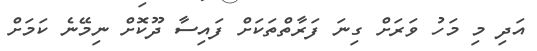
އަދި މި މަހު ވަރަށް ގިނަ ފަރާތްތަކަށް ފައިސާ ދޫކޮށް ނިމޭނެ ކަމަށް